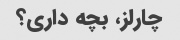
چارلز، بچه داری؟